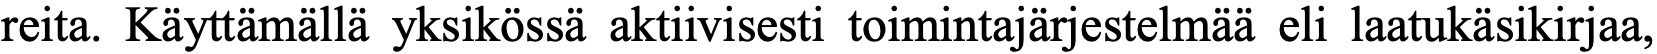
reita. Käyttämällä yksikössä aktiivisesti toimintajärjestelmää eli laatukäsikirjaa,